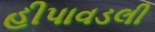
હીપાવડલી